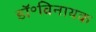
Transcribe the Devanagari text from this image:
डॉ॰विनायक